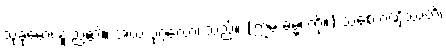
သုခုမော၊ နူးညံ့၏။ အယံ ပုဂ္ဂလော၊ သည်။ (ဣမံ ဓမ္မံ၊ ကို။) သစေ ဂဏှိဿတိ၊